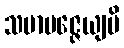
သမာပဇ္ဇေယျပိ